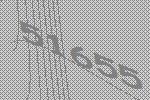
51655